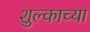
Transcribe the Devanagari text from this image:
शुल्काच्या